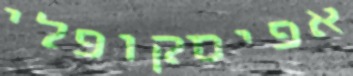
אפיסקופלי